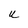
Character: U